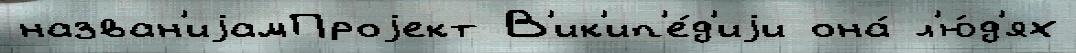
назван'иjамПроjект В'ик'ип'е́д'иjи она́ л'ю́д'ях